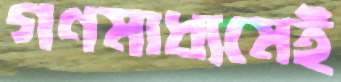
গণমাধ্যমেই